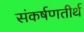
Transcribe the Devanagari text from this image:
संकर्षणतीर्थ